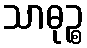
သာဓုဉ္စ